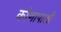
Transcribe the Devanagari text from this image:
कोणापाशी